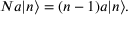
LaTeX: N a | n \rangle = ( n - 1 ) a | n \rangle .